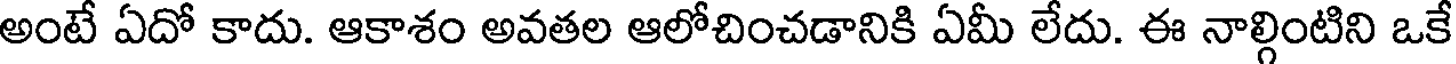
అంటే ఏదో కాదు. ఆకాశం అవతల ఆలోచించడానికి ఏమీ లేదు. ఈ నాల్గింటిని ఒకే